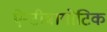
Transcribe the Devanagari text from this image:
ऐन्टीबायोटिक